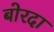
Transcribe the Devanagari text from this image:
बोरदा